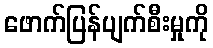
ဖောက်ပြန်ပျက်စီးမှုကို